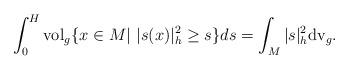
LaTeX: \begin{align*} \int_0^H {\rm vol}_g \{x\in M|~|s(x)|_{h}^2\geq s\}ds=\int_M |s|^2_{h}{\rm dv}_g. \end{align*}